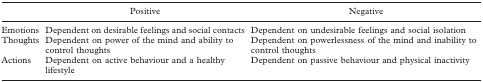
<table><thead><tr><td></td><td><b>Positive</b></td><td><b>Negative</b></td></tr></thead><tbody><tr><td>Emotions</td><td>Dependent on desirable feelings and social contacts</td><td>Dependent on undesirable feelings and social isolation</td></tr><tr><td>Thoughts</td><td>Dependent on power of the mind and ability to control thoughts</td><td>Dependent on powerlessness of the mind and inability to control thoughts</td></tr><tr><td>Actions</td><td>Dependent on active behaviour and a healthy lifestyle</td><td>Dependent on passive behaviour and physical inactivity</td></tr></tbody></table>